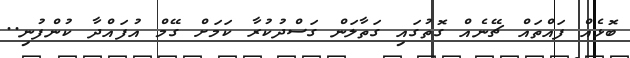
ބޮޅެއް ފައްތައް ޗޭނެއް ގޮތުގައި ގަތާލަން ގަސްދުކުރާ ކަމަށް ގޭމް އުފައްދާ ކުންފުނި..